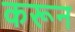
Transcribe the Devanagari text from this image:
करून